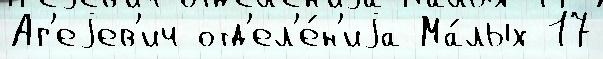
Аг'еjев'ич отд'ел'е́н'иjа Ма́лых 17